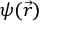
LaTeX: \psi ( { \vec { r } } )